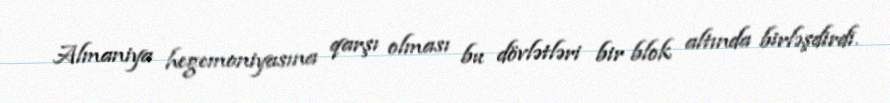
Almaniya hegemoniyasına qarşı olması bu dövlətləri bir blok altında birləşdirdi.